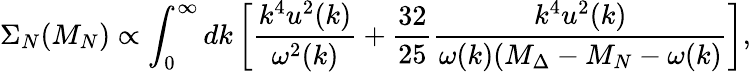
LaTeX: \Sigma_{N}(M_{N})\propto\int_{0}^{\infty}dk\left[{\frac{k^{4}u^{2}(k)}{\omega^{2}(k)}}+{\frac{32}{25}}{\frac{k^{4}u^{2}(k)}{\omega(k)(M_{\Delta}-M_{N}-\omega(k)}}\right],